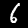
Label: 6